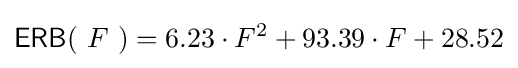
\operatorname {\mathsf {ERB}} (\ F\ )=6.23\cdot F^{2}+93.39\cdot F+28.52